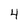
Character: 4